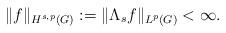
LaTeX: \begin{align*}\Vert f \Vert_{H^{s,p}(G)}:=\Vert \Lambda_sf\Vert_{L^p(G)}<\infty.\end{align*}